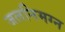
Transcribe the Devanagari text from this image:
जलनिमग्न